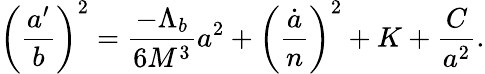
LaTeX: \left(\frac{a^{\prime}}{b}\right)^{2}=\frac{-\Lambda_{b}}{6M^{3}}a^{2}+\left(\frac{\dot{a}}{n}\right)^{2}+K+\frac{C}{a^{2}}.